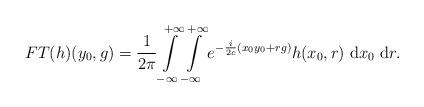
LaTeX: \begin{align*}FT(h)(y_0,g)= \frac{1}{2\pi} \int\displaylimits_{-\infty}^{+\infty} \int\displaylimits_{-\infty}^{+\infty} e^{-\frac{i}{2c}(x_0y_0+rg)} h(x_0,r)\ \mathrm{d}x_0\ \mathrm{d}r.\end{align*}